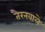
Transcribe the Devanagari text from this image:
तैरनवाले